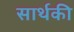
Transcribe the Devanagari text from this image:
सार्थकी